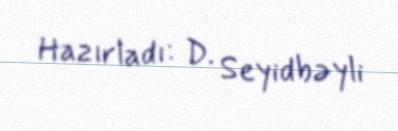
Hazırladı: D. Seyidbəyli